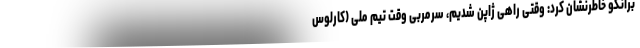
برانکو خاطرنشان کرد: وقتی راهی ژاپن شدیم، سرمربی وقت تیم ملی (کارلوس